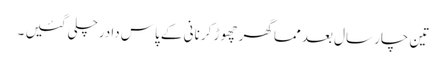
تین چار سال بعد مما گھر چھوڑ کر نانی کے پاس دادرچلی گئیں ۔